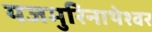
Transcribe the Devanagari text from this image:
यजमुरिनाथेश्‍वर